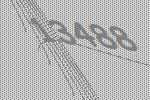
13488